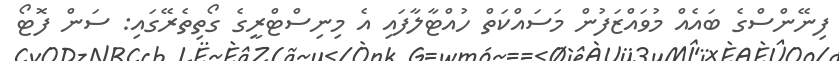
ފިނޭންސްގެ ބައެއް މުވައްޒަފުން މަސައްކަތް ހުއްޓާލާފައި އެ މިނިސްޓްރީގެ ގޯތިތެރޭގައި: ސަން ފޮޓޯ